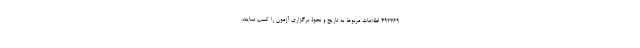
۴۹۲۳۶۹ اطلاعات مربوط به تاریخ و نحوۀ برگزاری آزمون را کسب نمایند.